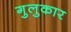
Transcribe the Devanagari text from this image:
गुलुकार